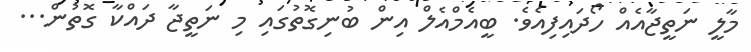
މާލީ ނަތީޖާއެއް ހޯދައިފިއެވެ. ބީއެމްއެލް އިން ބުނިގޮތުގައި މި ނަތީޖާ ދައްކާ ގޮތުން...